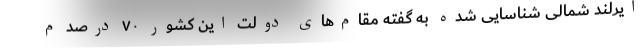
ایرلند شمالی شناسایی شده به گفته مقام‌های دولت این کشور ۷۰ درصد م